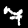
Digit: 7